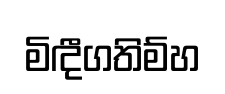
මිඳීගතිම්හ